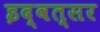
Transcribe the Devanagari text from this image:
इद्वत्सर